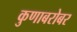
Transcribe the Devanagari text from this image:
कुणाबरोबर